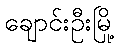
ချောင်းဦးမြို့